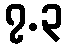
၇.၃